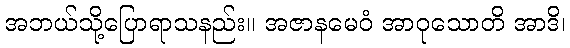
အဘယ်သို့ပြောရာသနည်း။ အဇာနမေဝံ အာဝုသောတိ အာဒိ၊